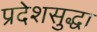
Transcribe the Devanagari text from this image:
प्रदेशसुद्धा